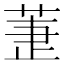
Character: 𦱥